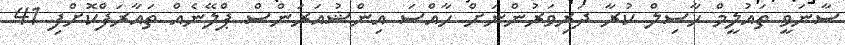
ސާނަވީ ތައުލީމް ހާސިލް ކުރާ ދަރިވަރުންނަށް ހާއްސަ އިންޝުއަރަންސް ޕްލޭނެއް ތައާރަފްކޮށްފި 41